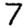
Digit: 7